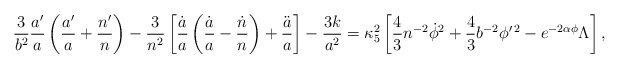
\begin{align*}{3\over b^2}{a^{\prime}\over a}\left({a^{\prime}\over a}+{n^{\prime}\over n}\right)-{3\over n^2}\left[{\dot{a}\over a}\left({\dot{a}\over a}-{\dot{n}\over n}\right)+{\ddot{a}\over a}\right]-{{3k}\over a^2}=\kappa^2_5\left[{4\over 3}n^{-2}\dot{\phi}^2+{4\over 3}b^{-2}\phi^{\prime\,2}-e^{-2\alpha\phi}\Lambda\right],\end{align*}